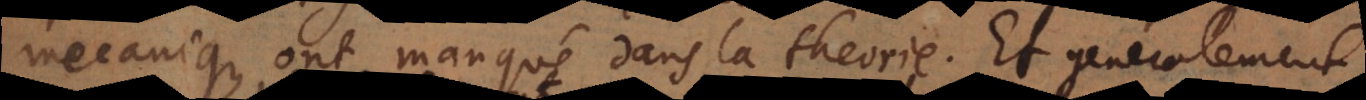
mecanique, ont manqué dans la theorie. Et generalement